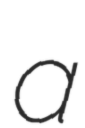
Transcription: a